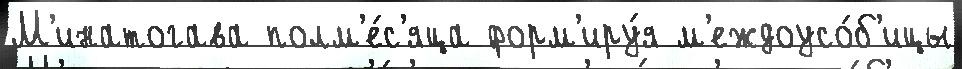
М'инатогава полм'е́с'яца форм'иру́я м'еждоусо́б'ицы